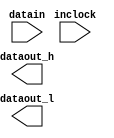
// megafunction wizard: %ALTDDIO_IN%
// GENERATION: STANDARD
// VERSION: WM1.0
// MODULE: ALTDDIO_IN 

// ============================================================
// Megafunction Name(s):
// 			ALTDDIO_IN
//
// Simulation Library Files(s):
// 			altera_mf
// ============================================================
// ************************************************************
// THIS IS A WIZARD-GENERATED FILE. DO NOT EDIT THIS FILE!
//
// 13.1.0 Build 162 10/23/2013 SJ Web Edition
// ************************************************************


//Copyright (C) 1991-2013 Altera Corporation
//Your use of Altera Corporation's design tools, logic functions 
//and other software and tools, and its AMPP partner logic 
//functions, and any output files from any of the foregoing 
//(including device programming or simulation files), and any 
//associated documentation or information are expressly subject 
//to the terms and conditions of the Altera Program License 
//Subscription Agreement, Altera MegaCore Function License 
//Agreement, or other applicable license agreement, including, 
//without limitation, that your use is for the sole purpose of 
//programming logic devices manufactured by Altera and sold by 
//Altera or its authorized distributors.  Please refer to the 
//applicable agreement for further details.


// synopsys translate_off
`timescale 1 ps / 1 ps
// synopsys translate_on
module mf_usb3_rx (
	datain,
	inclock,
	dataout_h,
	dataout_l);

	input	[23:0]  datain;
	input	  inclock;
	output	[23:0]  dataout_h;
	output	[23:0]  dataout_l;

	wire [23:0] sub_wire0;
	wire [23:0] sub_wire1;
	wire [23:0] dataout_h = sub_wire0[23:0];
	wire [23:0] dataout_l = sub_wire1[23:0];
/*
	altddio_in	ALTDDIO_IN_component (
				.datain (datain),
				.inclock (inclock),
				.dataout_h (sub_wire0),
				.dataout_l (sub_wire1),
				.aclr (1'b0),
				.aset (1'b0),
				.inclocken (1'b1),
				.sclr (1'b0),
				.sset (1'b0));
	defparam
		ALTDDIO_IN_component.intended_device_family = "Cyclone IV E",
		ALTDDIO_IN_component.invert_input_clocks = "OFF",
		ALTDDIO_IN_component.lpm_hint = "UNUSED",
		ALTDDIO_IN_component.lpm_type = "altddio_in",
		ALTDDIO_IN_component.power_up_high = "OFF",
		ALTDDIO_IN_component.width = 24;
*/ //TODO ANGAPPAN

endmodule

// ============================================================
// CNX file retrieval info
// ============================================================
// Retrieval info: LIBRARY: altera_mf altera_mf.altera_mf_components.all
// Retrieval info: PRIVATE: INTENDED_DEVICE_FAMILY STRING "Cyclone IV E"
// Retrieval info: CONSTANT: INTENDED_DEVICE_FAMILY STRING "Cyclone IV E"
// Retrieval info: CONSTANT: INVERT_INPUT_CLOCKS STRING "OFF"
// Retrieval info: CONSTANT: LPM_HINT STRING "UNUSED"
// Retrieval info: CONSTANT: LPM_TYPE STRING "altddio_in"
// Retrieval info: CONSTANT: POWER_UP_HIGH STRING "OFF"
// Retrieval info: CONSTANT: WIDTH NUMERIC "24"
// Retrieval info: USED_PORT: datain 0 0 24 0 INPUT NODEFVAL "datain[23..0]"
// Retrieval info: CONNECT: @datain 0 0 24 0 datain 0 0 24 0
// Retrieval info: USED_PORT: dataout_h 0 0 24 0 OUTPUT NODEFVAL "dataout_h[23..0]"
// Retrieval info: CONNECT: dataout_h 0 0 24 0 @dataout_h 0 0 24 0
// Retrieval info: USED_PORT: dataout_l 0 0 24 0 OUTPUT NODEFVAL "dataout_l[23..0]"
// Retrieval info: CONNECT: dataout_l 0 0 24 0 @dataout_l 0 0 24 0
// Retrieval info: USED_PORT: inclock 0 0 0 0 INPUT_CLK_EXT NODEFVAL "inclock"
// Retrieval info: CONNECT: @inclock 0 0 0 0 inclock 0 0 0 0
// Retrieval info: GEN_FILE: TYPE_NORMAL mf_usb3_rx.v TRUE FALSE
// Retrieval info: GEN_FILE: TYPE_NORMAL mf_usb3_rx.qip TRUE FALSE
// Retrieval info: GEN_FILE: TYPE_NORMAL mf_usb3_rx.bsf FALSE TRUE
// Retrieval info: GEN_FILE: TYPE_NORMAL mf_usb3_rx_inst.v FALSE TRUE
// Retrieval info: GEN_FILE: TYPE_NORMAL mf_usb3_rx_bb.v FALSE TRUE
// Retrieval info: GEN_FILE: TYPE_NORMAL mf_usb3_rx.inc FALSE TRUE
// Retrieval info: GEN_FILE: TYPE_NORMAL mf_usb3_rx.cmp FALSE TRUE
// Retrieval info: GEN_FILE: TYPE_NORMAL mf_usb3_rx.ppf TRUE FALSE
// Retrieval info: LIB_FILE: altera_mf